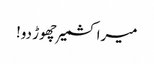
میرا کشمیر چھوڑ دو!